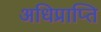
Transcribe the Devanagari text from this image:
अधिप्राप्‍ति